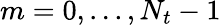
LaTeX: m=0,...,N_{t}-1